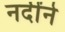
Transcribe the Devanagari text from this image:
नदींने